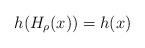
LaTeX: \begin{align*}h(H_{\rho}(x))=h(x)\end{align*}